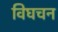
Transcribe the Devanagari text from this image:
विघचन